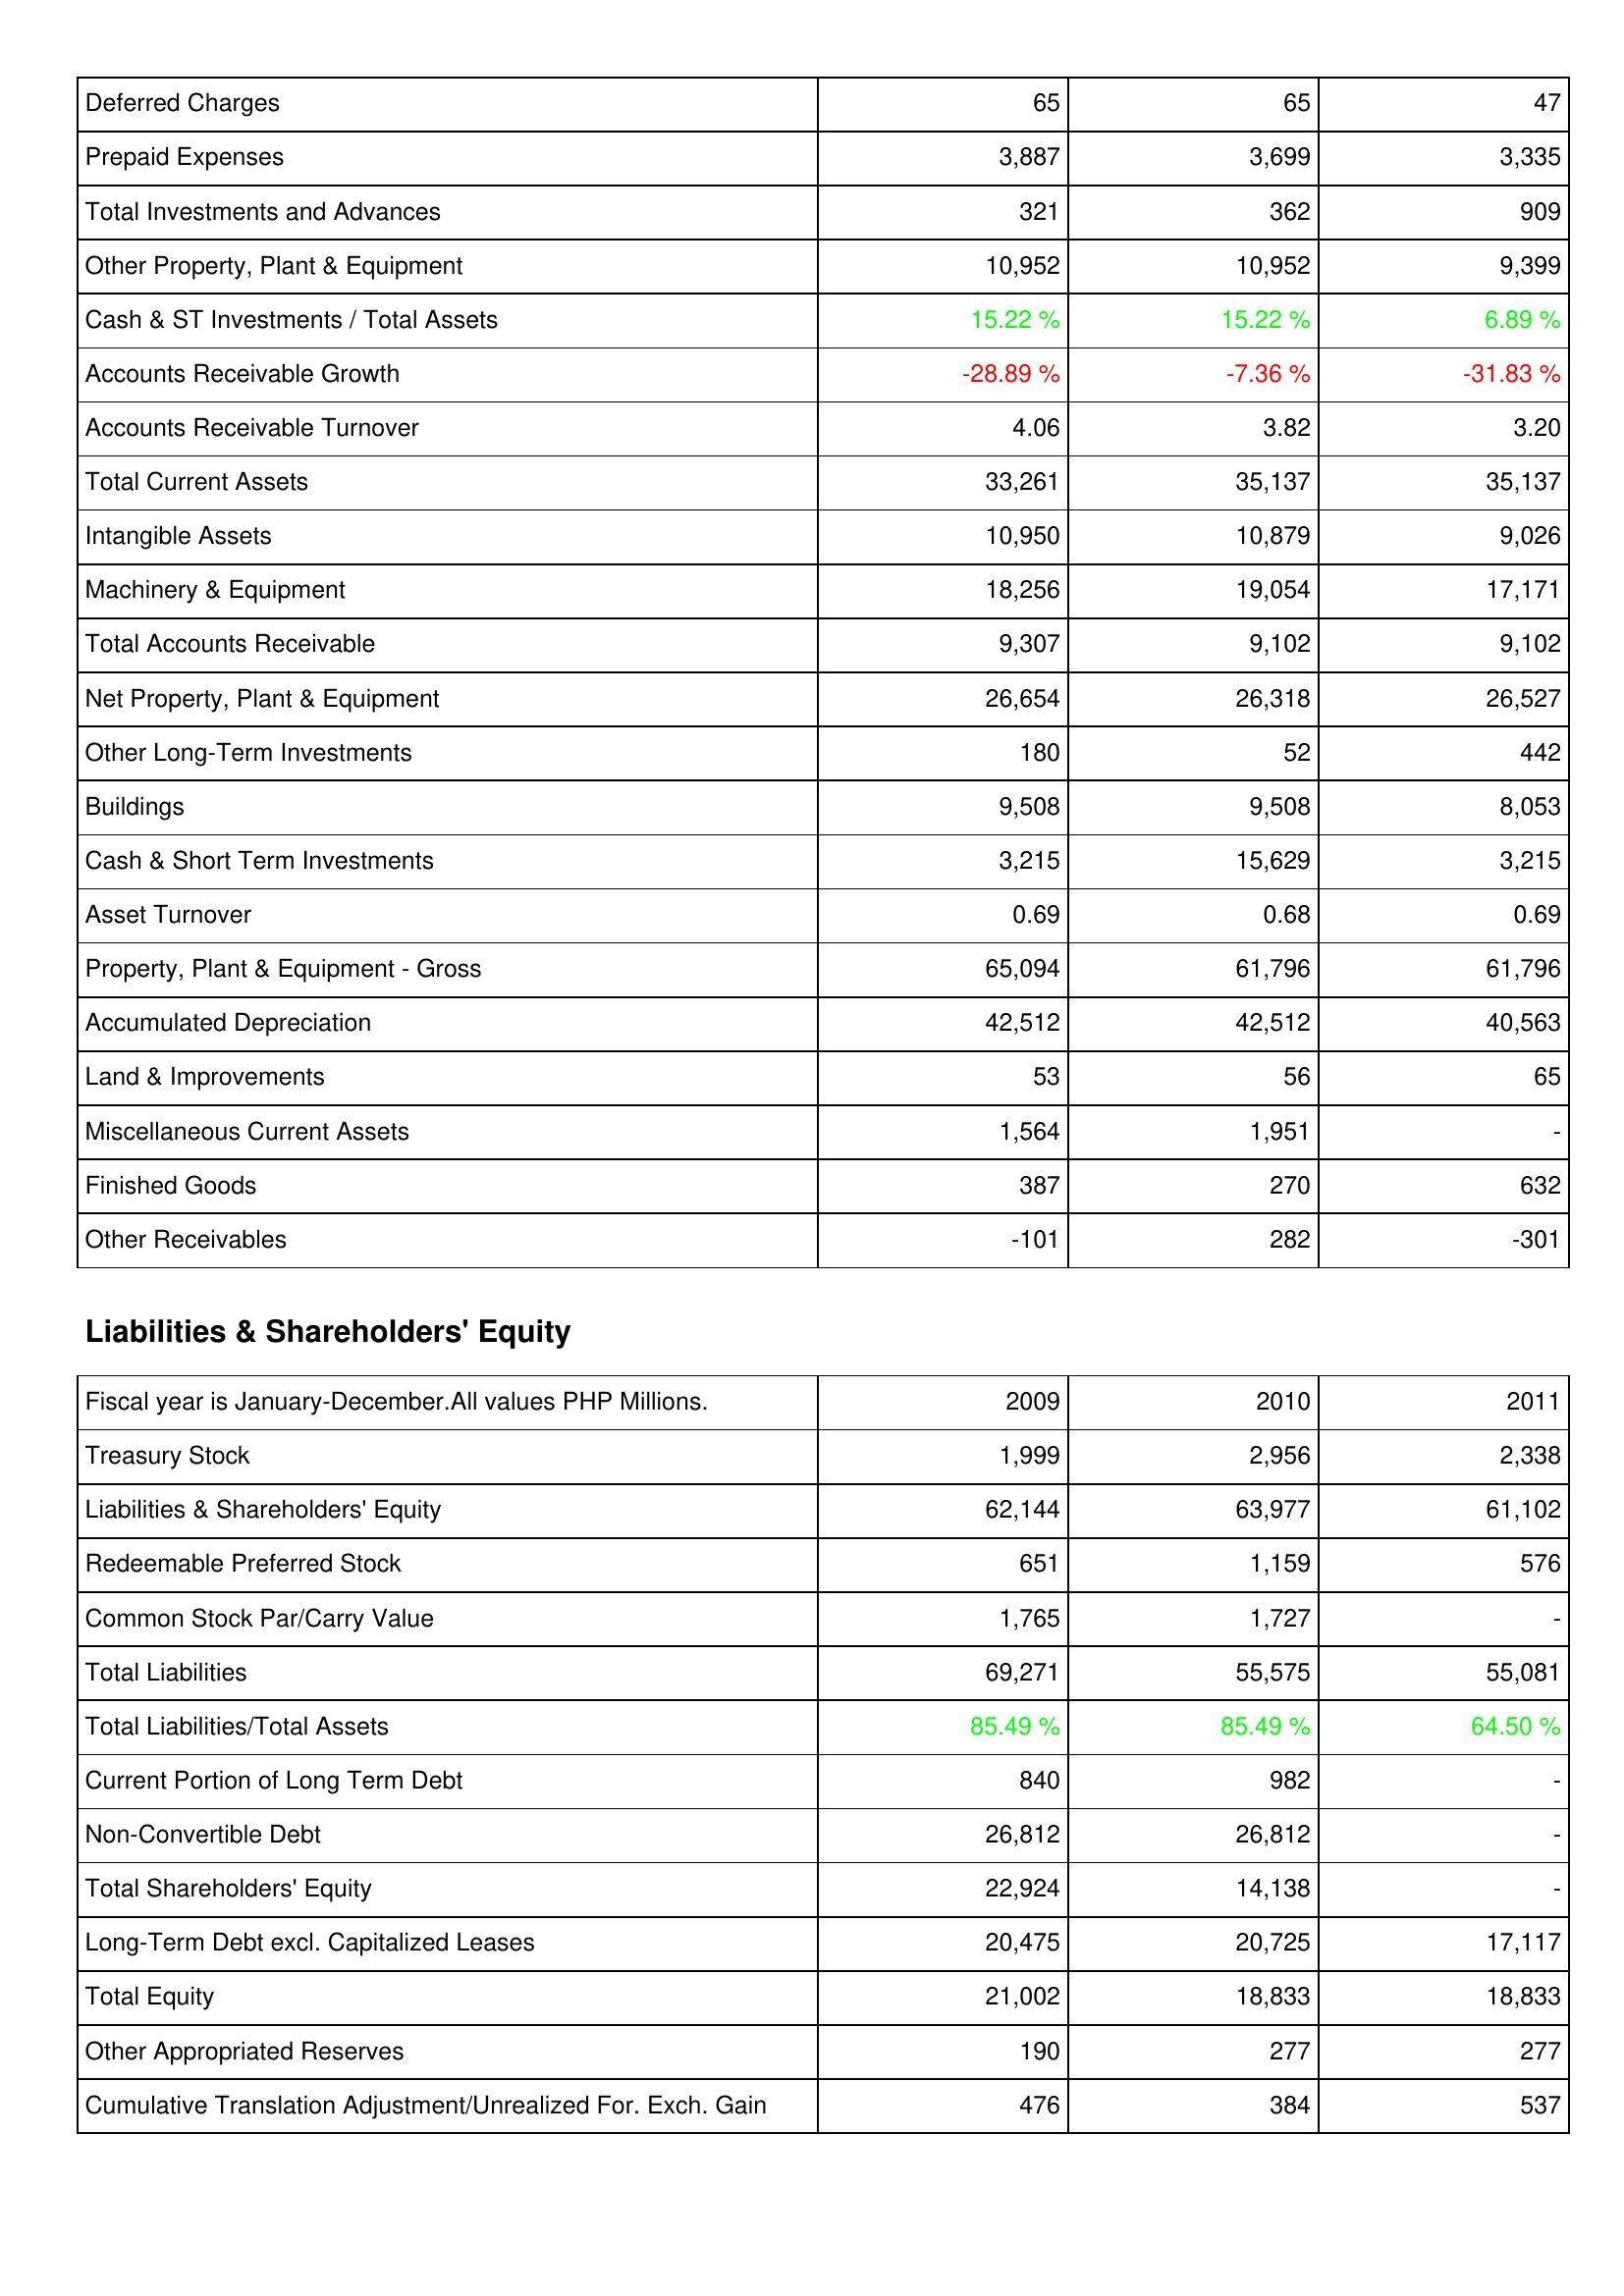
2009: Assets: Deferred Charges: 65
Prepaid Expenses: 3,887
Total Investments and Advances: 321
Other Property, Plant & Equipment: 10,952
Cash & ST Investments / Total Assets: 15.22 %
Accounts Receivable Growth: -28.89 %
Accounts Receivable Turnover: 4.06
Total Current Assets: 33,261
Intangible Assets: 10,950
Machinery & Equipment: 18,256
Total Accounts Receivable: 9,307
Net Property, Plant & Equipment: 26,654
Other Long-Term Investments: 180
Buildings: 9,508
Cash & Short Term Investments: 3,215
Asset Turnover: 0.69
Property, Plant & Equipment - Gross: 65,094
Accumulated Depreciation: 42,512
Land & Improvements: 53
Miscellaneous Current Assets: 1,564
Finished Goods: 387
Other Receivables: -101
Liabilities & Shareholders' Equity: Treasury Stock: 1,999
Liabilities & Shareholders' Equity: 62,144
Redeemable Preferred Stock: 651
Common Stock Par/Carry Value: 1,765
Total Liabilities: 69,271
Total Liabilities/Total Assets: 85.49 %
Current Portion of Long Term Debt: 840
Non-Convertible Debt: 26,812
Total Shareholders' Equity: 22,924
Long-Term Debt excl. Capitalized Leases: 20,475
Total Equity: 21,002
Other Appropriated Reserves: 190
Cumulative Translation Adjustment/Unrealized For. Exch. Gain: 476
2010: Assets: Deferred Charges: 65
Prepaid Expenses: 3,699
Total Investments and Advances: 362
Other Property, Plant & Equipment: 10,952
Cash & ST Investments / Total Assets: 15.22 %
Accounts Receivable Growth: -7.36 %
Accounts Receivable Turnover: 3.82
Total Current Assets: 35,137
Intangible Assets: 10,879
Machinery & Equipment: 19,054
Total Accounts Receivable: 9,102
Net Property, Plant & Equipment: 26,318
Other Long-Term Investments: 52
Buildings: 9,508
Cash & Short Term Investments: 15,629
Asset Turnover: 0.68
Property, Plant & Equipment - Gross: 61,796
Accumulated Depreciation: 42,512
Land & Improvements: 56
Miscellaneous Current Assets: 1,951
Finished Goods: 270
Other Receivables: 282
Liabilities & Shareholders' Equity: Treasury Stock: 2,956
Liabilities & Shareholders' Equity: 63,977
Redeemable Preferred Stock: 1,159
Common Stock Par/Carry Value: 1,727
Total Liabilities: 55,575
Total Liabilities/Total Assets: 85.49 %
Current Portion of Long Term Debt: 982
Non-Convertible Debt: 26,812
Total Shareholders' Equity: 14,138
Long-Term Debt excl. Capitalized Leases: 20,725
Total Equity: 18,833
Other Appropriated Reserves: 277
Cumulative Translation Adjustment/Unrealized For. Exch. Gain: 384
2011: Assets: Deferred Charges: 47
Prepaid Expenses: 3,335
Total Investments and Advances: 909
Other Property, Plant & Equipment: 9,399
Cash & ST Investments / Total Assets: 6.89 %
Accounts Receivable Growth: -31.83 %
Accounts Receivable Turnover: 3.20
Total Current Assets: 35,137
Intangible Assets: 9,026
Machinery & Equipment: 17,171
Total Accounts Receivable: 9,102
Net Property, Plant & Equipment: 26,527
Other Long-Term Investments: 442
Buildings: 8,053
Cash & Short Term Investments: 3,215
Asset Turnover: 0.69
Property, Plant & Equipment - Gross: 61,796
Accumulated Depreciation: 40,563
Land & Improvements: 65
Miscellaneous Current Assets: -
Finished Goods: 632
Other Receivables: -301
Liabilities & Shareholders' Equity: Treasury Stock: 2,338
Liabilities & Shareholders' Equity: 61,102
Redeemable Preferred Stock: 576
Common Stock Par/Carry Value: -
Total Liabilities: 55,081
Total Liabilities/Total Assets: 64.50 %
Current Portion of Long Term Debt: -
Non-Convertible Debt: -
Total Shareholders' Equity: -
Long-Term Debt excl. Capitalized Leases: 17,117
Total Equity: 18,833
Other Appropriated Reserves: 277
Cumulative Translation Adjustment/Unrealized For. Exch. Gain: 537